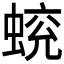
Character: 𧍄